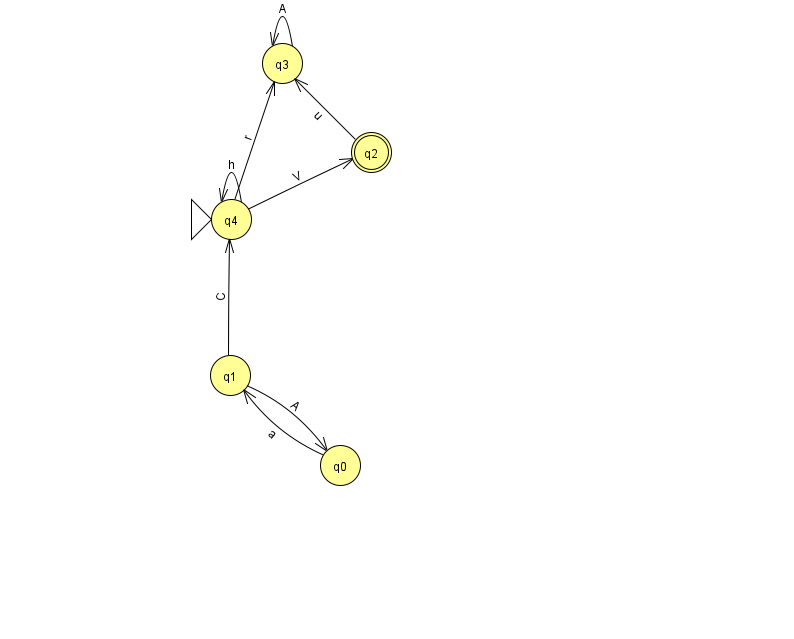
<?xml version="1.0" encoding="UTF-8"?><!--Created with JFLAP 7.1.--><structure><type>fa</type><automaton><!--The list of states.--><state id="0" name="q0"><x>340.0</x><y>452.0</y></state><state id="1" name="q1"><x>230.0</x><y>362.0</y></state><state id="2" name="q2"><x>371.0</x><y>139.0</y><final/></state><state id="3" name="q3"><x>282.0</x><y>50.0</y></state><state id="4" name="q4"><x>231.0</x><y>206.0</y><initial/></state><!--The list of transitions.--><transition><from>3</from><to>3</to><read>A</read></transition><transition><from>4</from><to>3</to><read>r</read></transition><transition><from>1</from><to>4</to><read>C</read></transition><transition><from>4</from><to>4</to><read>h</read></transition><transition><from>0</from><to>1</to><read>a</read></transition><transition><from>1</from><to>0</to><read>A</read></transition><transition><from>4</from><to>2</to><read>V</read></transition><transition><from>2</from><to>3</to><read>u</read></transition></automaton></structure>